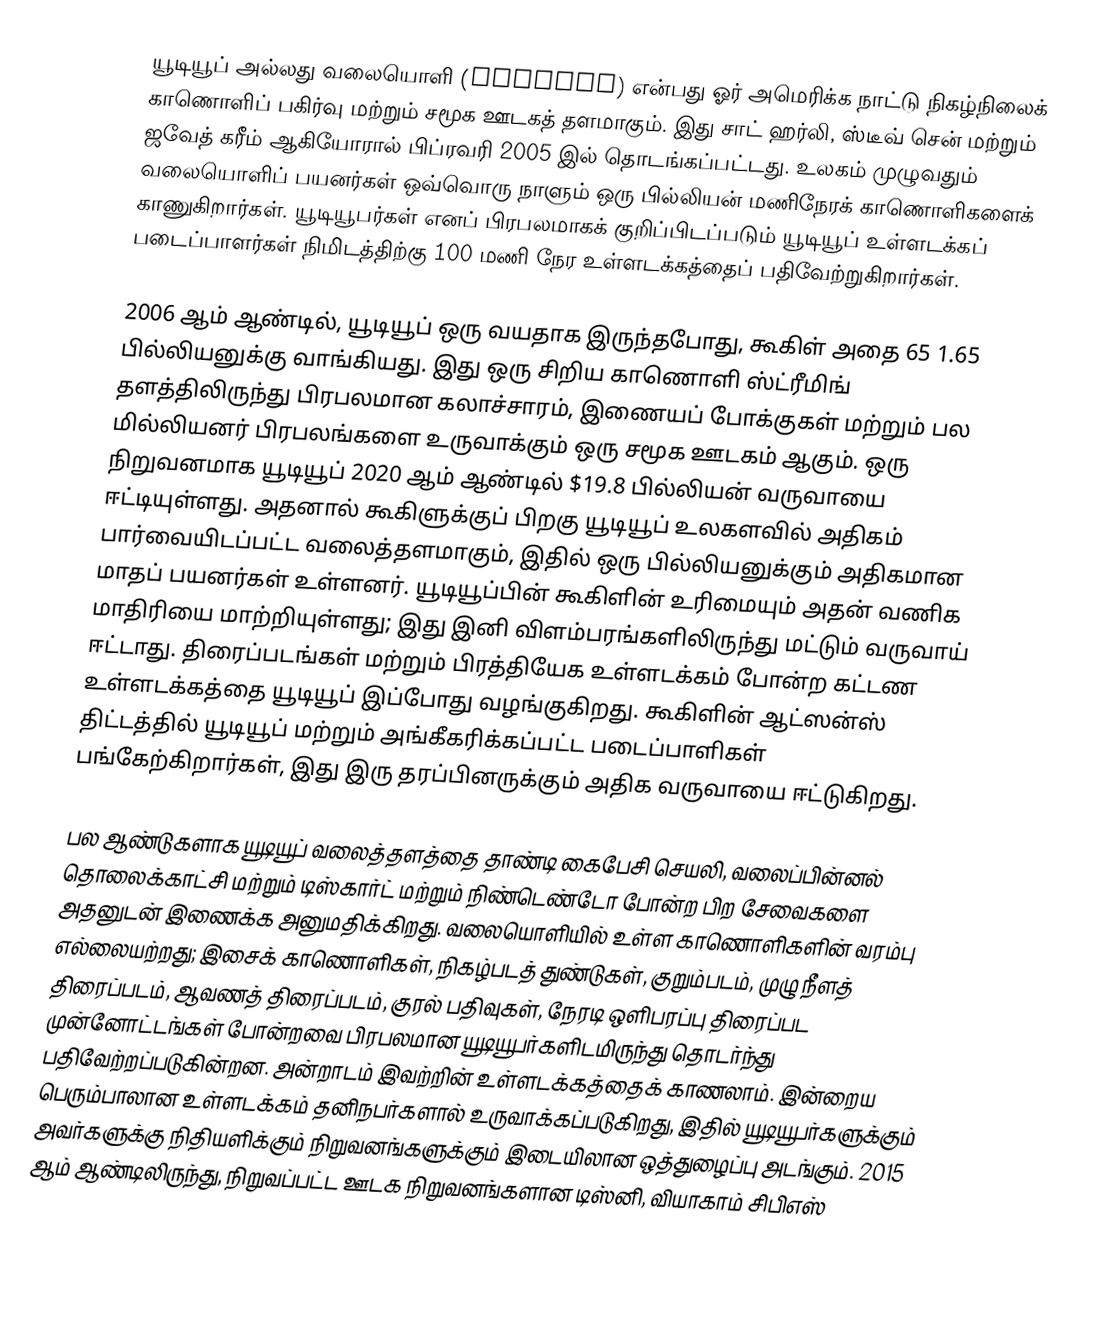
யூடியூப் அல்லது வலையொளி (YouTube) என்பது ஓர் அமெரிக்க நாட்டு நிகழ்நிலைக் காணொளிப் பகிர்வு மற்றும் சமூக ஊடகத் தளமாகும். இது சாட் ஹர்லி, ஸ்டீவ் சென் மற்றும் ஜவேத் கரீம் ஆகியோரால் பிப்ரவரி 2005 இல் தொடங்கப்பட்டது. உலகம் முழுவதும் வலையொளிப் பயனர்கள் ஒவ்வொரு நாளும் ஒரு பில்லியன் மணிநேரக் காணொளிகளைக் காணுகிறார்கள்.  யூடியூபர்கள் எனப் பிரபலமாகக் குறிப்பிடப்படும் யூடியூப் உள்ளடக்கப் படைப்பாளர்கள் நிமிடத்திற்கு 100 மணி நேர உள்ளடக்கத்தைப் பதிவேற்றுகிறார்கள்.

2006 ஆம் ஆண்டில், யூடியூப் ஒரு வயதாக இருந்தபோது, கூகிள் அதை 65 1.65 பில்லியனுக்கு வாங்கியது. இது ஒரு சிறிய காணொளி ஸ்ட்ரீமிங் தளத்திலிருந்து பிரபலமான கலாச்சாரம், இணையப் போக்குகள் மற்றும் பல மில்லியனர் பிரபலங்களை உருவாக்கும் ஒரு சமூக ஊடகம் ஆகும். ஒரு நிறுவனமாக யூடியூப் 2020 ஆம் ஆண்டில் $19.8 பில்லியன் வருவாயை ஈட்டியுள்ளது. அதனால் கூகிளுக்குப் பிறகு யூடியூப் உலகளவில் அதிகம் பார்வையிடப்பட்ட வலைத்தளமாகும், இதில் ஒரு பில்லியனுக்கும் அதிகமான மாதப் பயனர்கள் உள்ளனர். யூடியூப்பின் கூகிளின் உரிமையும் அதன் வணிக மாதிரியை மாற்றியுள்ளது; இது இனி விளம்பரங்களிலிருந்து மட்டும் வருவாய் ஈட்டாது. திரைப்படங்கள் மற்றும் பிரத்தியேக உள்ளடக்கம் போன்ற கட்டண உள்ளடக்கத்தை யூடியூப் இப்போது வழங்குகிறது. கூகிளின் ஆட்ஸன்ஸ் திட்டத்தில் யூடியூப் மற்றும் அங்கீகரிக்கப்பட்ட படைப்பாளிகள் பங்கேற்கிறார்கள், இது இரு தரப்பினருக்கும் அதிக வருவாயை ஈட்டுகிறது.

பல ஆண்டுகளாக யூடியூப் வலைத்தளத்தை தாண்டி கைபேசி செயலி, வலைப்பின்னல் தொலைக்காட்சி மற்றும் டிஸ்கார்ட் மற்றும் நிண்டெண்டோ போன்ற பிற சேவைகளை அதனுடன் இணைக்க அனுமதிக்கிறது. வலையொளியில் உள்ள காணொளிகளின் வரம்பு எல்லையற்றது; இசைக் காணொளிகள், நிகழ்படத் துண்டுகள், குறும்படம், முழு நீளத் திரைப்படம், ஆவணத் திரைப்படம், குரல் பதிவுகள், நேரடி ஒளிபரப்பு திரைப்பட முன்னோட்டங்கள் போன்றவை பிரபலமான யூடியூபர்களிடமிருந்து தொடர்ந்து பதிவேற்றப்படுகின்றன. அன்றாடம் இவற்றின் உள்ளடக்கத்தைக் காணலாம். இன்றைய பெரும்பாலான உள்ளடக்கம் தனிநபர்களால் உருவாக்கப்படுகிறது, இதில் யூடியூபர்களுக்கும் அவர்களுக்கு நிதியளிக்கும் நிறுவனங்களுக்கும் இடையிலான ஒத்துழைப்பு அடங்கும். 2015 ஆம் ஆண்டிலிருந்து, நிறுவப்பட்ட ஊடக நிறுவனங்களான டிஸ்னி, வியாகாம் சிபிஎஸ்